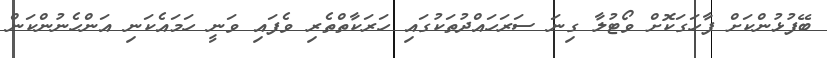
ބޭފުޅުންކަށް ފާހަގަކޮށް ވޯޓުލާ ގިނަ ސަރަހައްދުތަކުގައި ހަރަކާތްތެރި ވެފައި ވަނީ ހަމައެކަނި އަންހެނުންކަން